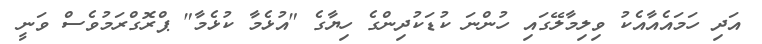
އަދި ހަމައެއާއެކު ވިލިމާލޭގައި ހުންނަ ކުޑަކުދިންގެ ހިޔާގެ "އުޅެމާ ކުޅެމާ" ޕްރޮގްރަމުވެސް ވަނީ